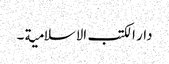
دار الکتب الاسلامیة ۔